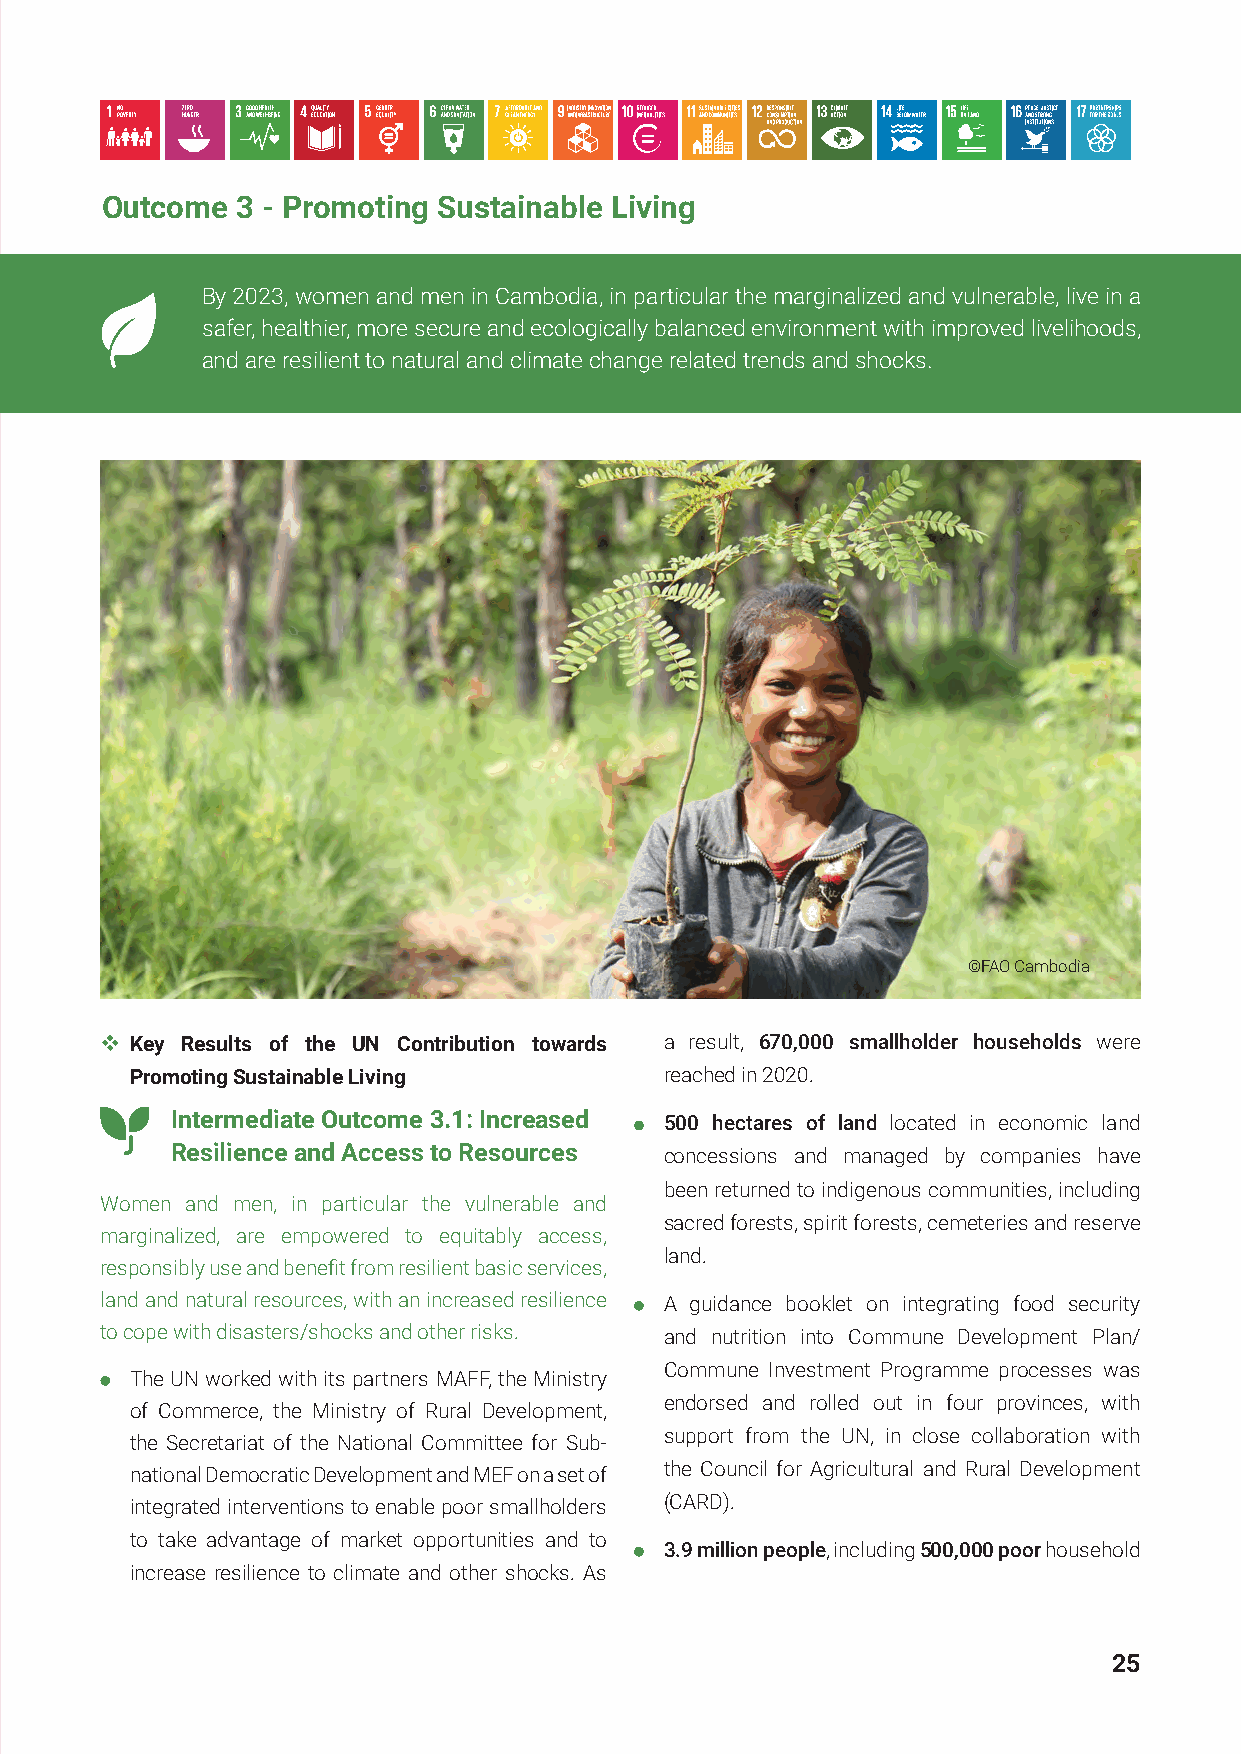
Outcome  3 - Promoting Sustainable Living
 By 2023, women and men in Cambodia, in particular the marginalized and vulnerable, live in a
 safer, healthier, more secure and ecologically balanced environment with improved livelihoods,
 and are resilient to natural and climate change related trends and shocks.
 ©FAO Cambodia
  Key Results of the UN Contribution towards a result, 670,000 smallholder households were
 Promoting Sustainable Living       reached in 2020.
 Intermediate Outcome 3.1: Increased 500 hectares of land located in economic land
 Resilience and Access to Resources concessions and managed by companies have
 been returned to indigenous communities, including
 Women and men, in particular the vulnerable and
 sacred forests, spirit forests, cemeteries and reserve
 marginalized, are empowered to equitably access,
 land.
 responsibly use and benefit from resilient basic services,
 land and natural resources, with an increased resilience A guidance booklet on integrating food security
 to cope with disasters/shocks and other risks. and nutrition into Commune Development Plan/
 Commune Investment Programme processes was
 The UN worked with its partners MAFF, the Ministry
 endorsed and rolled out in four provinces, with
 of Commerce, the Ministry of Rural Development,
 support from the UN, in close collaboration with
 the Secretariat of the National Committee for Sub-
 national Democratic Development and MEF on a set of the Council for Agricultural and Rural Development
 integrated interventions to enable poor smallholders (CARD).
 to take advantage of market opportunities and to
 3.9 million people, including 500,000 poor household
 increase resilience to climate and other shocks. As
 25